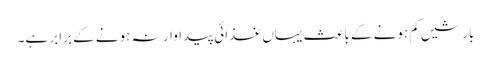
بارشیں کم ہونے کے باعث یہاں غذائی پیداوار نہ ہونے کے برابر ہے۔